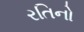
રતિનો